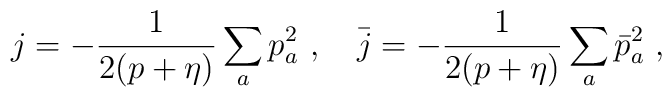
j = -\frac{1}{2(p+\eta)}\sum_a p_a^2~, ~~~\bar{j} = -\frac{1}{2(p+\eta)}\sum_a \bar{p}_a^2~,